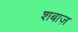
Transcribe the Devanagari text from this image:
शबाज़